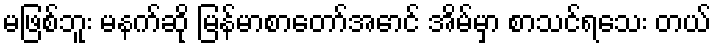
မဖြစ်ဘူး မနက်ဆို မြန်မာစာတော်အောင် အိမ်မှာ စာသင်ရသေး တယ်